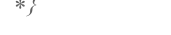
٦٣